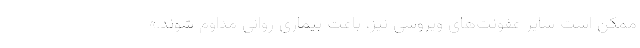
ممکن است سایر عفونت‌های ویروسی نیز، باعث بیماری روانی مداوم شوند.»